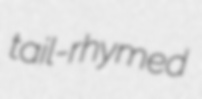
tail-rhymed